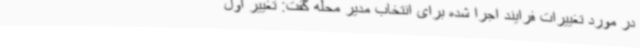
در مورد تغییرات فرایند اجرا شده برای انتخاب مدیر محله گفت: تغییر اول